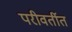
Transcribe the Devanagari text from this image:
परीवर्तीत